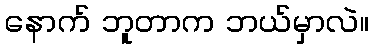
နောက် ဘူတာက ဘယ်မှာလဲ။